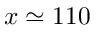
x \simeq 1 1 0